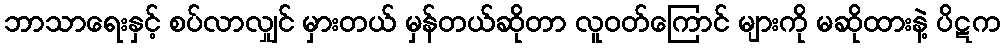
ဘာသာရေးနှင့် စပ်လာလျှင် မှားတယ် မှန်တယ်ဆိုတာ လူဝတ်ကြောင် များကို မဆိုထားနဲ့ ပိဋက